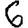
Digit: 6